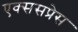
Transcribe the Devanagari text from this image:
एक्ससप्रेस